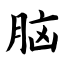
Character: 脑